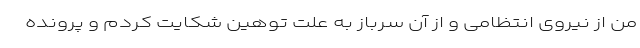
من از نیروی انتظامی و از آن سرباز به علت توهین شکایت کردم و پرونده